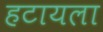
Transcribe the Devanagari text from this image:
हटायला